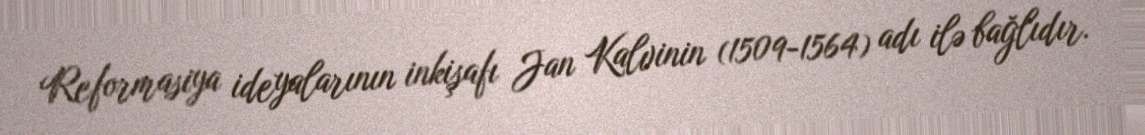
Reformasiya ideyalarının inkişafı Jan Kalvinin (1509-1564) adı ilə bağlıdır.